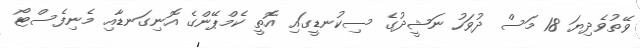
ވޭތުވެދިޔަ 18 މަސް ދުވަހު ނަޝީދުގެ ސިކުނޑީގައި އޮތީ ކެމްޕޭންގެ އޮނިގަނޑާއި މެނިފެސްޓޯ